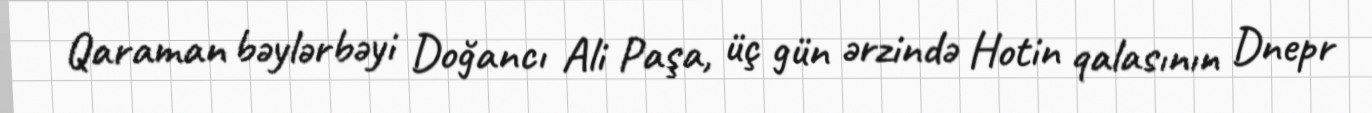
Qaraman bəylərbəyi Doğancı Ali Paşa, üç gün ərzində Hotin qalasının Dnepr